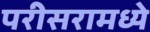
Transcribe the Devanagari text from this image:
परीसरामध्ये